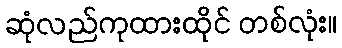
ဆုံလည်ကုထားထိုင် တစ်လုံး။